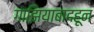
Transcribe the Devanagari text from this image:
गाझियाबादहून